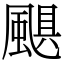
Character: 颶